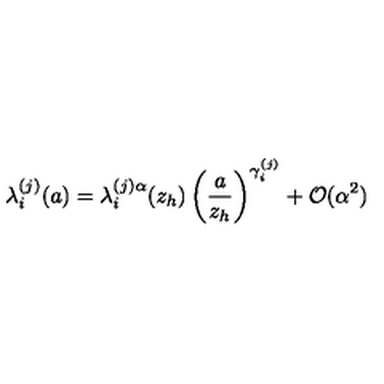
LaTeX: \lambda _ { i } ^ { ( j ) } ( a ) = \lambda _ { i } ^ { ( j ) \alpha } ( z _ { h } ) \left( \frac { a } { z _ { h } } \right) ^ { \gamma _ { i } ^ { ( j ) } } + { \cal O } ( \alpha ^ { 2 } )